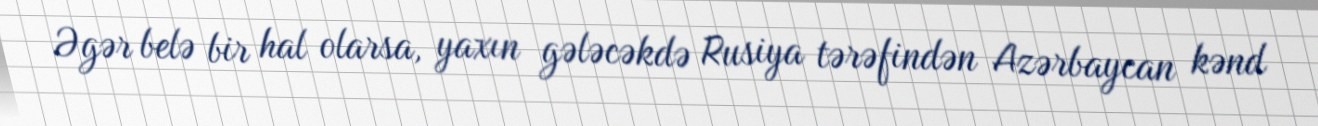
Əgər belə bir hal olarsa, yaxın gələcəkdə Rusiya tərəfindən Azərbaycan kənd